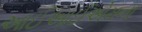
આઈઆઈએમના